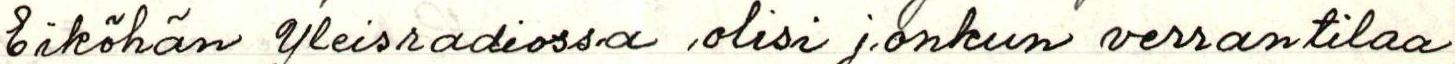
Eiköhän Yleisradiossa olisi jonkun verran tilaa